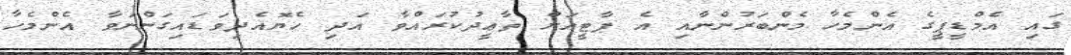
ގައި އެމްޑީޕީގެ އެންމެހާ މެންބަރުންނާއި އެ ޕާޓީއަށް ތާޢީދުކުރައްވާ އަދި ހެޔޮއެދިވަޑައިގަންނަވާ އެންމެހާ